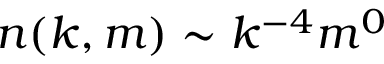
n ( k , m ) \sim k ^ { - 4 } m ^ { 0 }